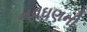
નવઘણની